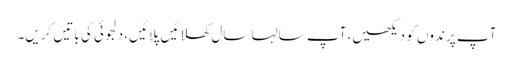
آپ پرندوں کو دیکھیں، آپ سالہا سال کھلائیں پلائیں، دلجوئی کی باتیں کریں۔